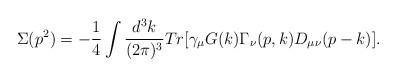
LaTeX: \begin{align*}\Sigma(p^{2})=-\frac{1}{4}\int \frac{d^{3}k}{(2\pi )^{3}}Tr\lbrack\gamma_{\mu }G(k)\Gamma _{\nu }(p,k)D_{\mu \nu }(p-k)\rbrack.\end{align*}